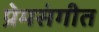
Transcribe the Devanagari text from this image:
प्रेमसंगीत